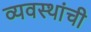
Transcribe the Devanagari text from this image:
व्यवस्थांची